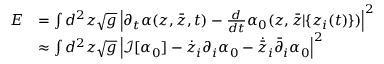
\begin{array} { r l } { E } & { = \int d ^ { 2 } z \sqrt { g } \left| \partial _ { t } \alpha ( z , { \bar { z } } , t ) - \frac { d } { d t } \alpha _ { 0 } ( z , { \bar { z } } | \{ z _ { i } ( t ) \} ) \right| ^ { 2 } } \\ & { \approx \int d ^ { 2 } z \sqrt { g } \left| \mathcal I [ \alpha _ { 0 } ] - \dot { z } _ { i } \partial _ { i } \alpha _ { 0 } - \dot { \bar { z } } _ { i } \bar { \partial } _ { i } \alpha _ { 0 } \right| ^ { 2 } } \end{array}